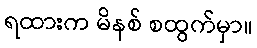
ရထားက မိနစ် စထွက်မှာ။